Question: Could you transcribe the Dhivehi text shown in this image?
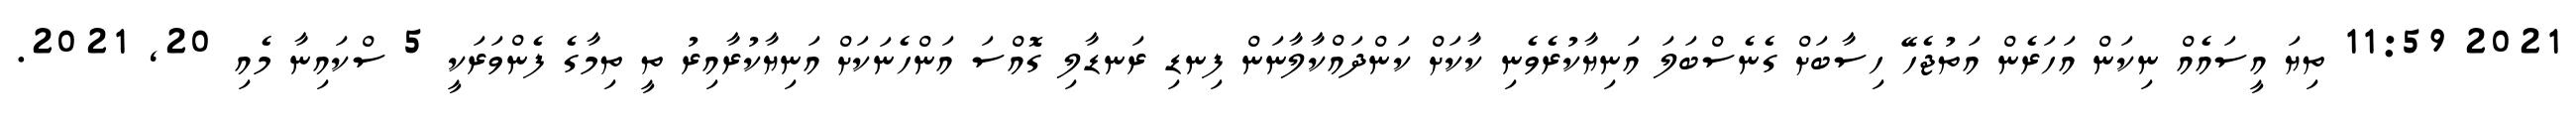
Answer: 2021 11:59 ތިޔަ އީސައެއް ނިކަން އަހަރެން އަތުޖެހޭ ހިސާބަށް ގެނެސްބަލަ އަނިޔާކުރެވެނި ކާކަށް ކަންދައްކާލާނަން ފިނޑި ރަނޑާލި ގޮއްސަ އަންހެނަކަށް އަނިޔާކުރާއިރު ތީ ތިމާގެ ފެންވަރަކީ 5 ސްކައިނާ މެއި 20, 2021.